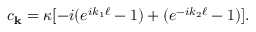
c _ { \mathbf { k } } = \kappa [ - i ( e ^ { i k _ { 1 } \ell } - 1 ) + ( e ^ { - i k _ { 2 } \ell } - 1 ) ] .